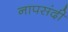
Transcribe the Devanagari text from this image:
नापसंदी